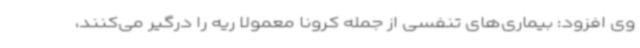
وی افزود: بیماری‌های تنفسی از جمله کرونا معمولاً ریه را درگیر می‌کنند،